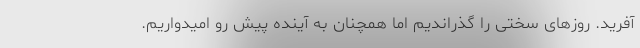
آفرید. روزهای سختی را گذراندیم اما همچنان به آینده پیش رو امیدواریم.